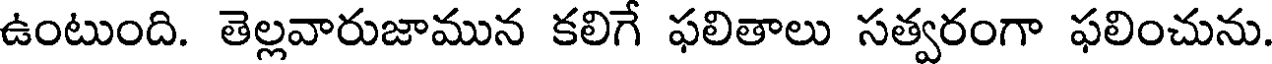
ఉంటుంది. తెల్లవారుజామున కలిగే ఫలితాలు సత్వరంగా ఫలించును